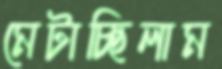
মেটাচ্ছিলাম